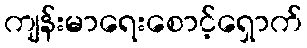
ကျန်းမာရေးစောင့်ရှောက်